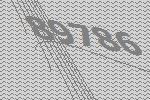
89786